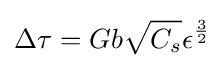
\Delta \tau =Gb{\sqrt {C_{s}}}\epsilon ^{\frac {3}{2}}